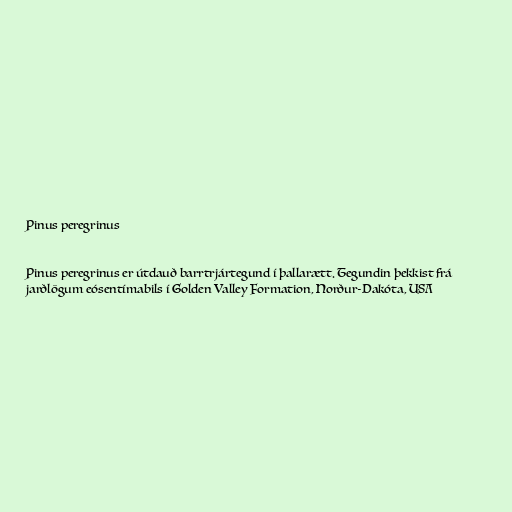
Pinus peregrinus

Pinus peregrinus er útdauð barrtrjártegund í þallarætt. Tegundin þekkist frá
jarðlögum eósentímabils í Golden Valley Formation, Norður-Dakóta, USA